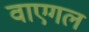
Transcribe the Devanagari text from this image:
वाएगल